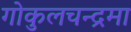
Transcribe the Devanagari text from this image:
गोकुलचन्द्रमा